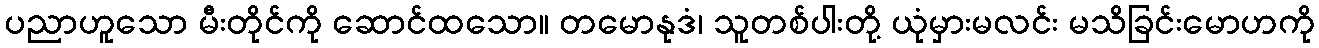
ပညာဟူသော မီးတိုင်ကို ဆောင်ထသော။ တမောနုဒံ၊ သူတစ်ပါးတို့ ယုံမှားမလင်း မသိခြင်းမောဟကို